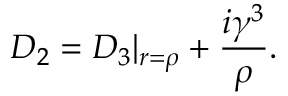
{ \cal D } _ { 2 } = { \cal D } _ { 3 } | _ { r = { \rho } } + \frac { i { \gamma } ^ { 3 } } { \rho } .